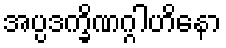
အပ္ပဒက္ခိဏဂ္ဂါဟိနော